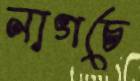
নাগচে